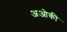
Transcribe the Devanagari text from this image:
अओकी